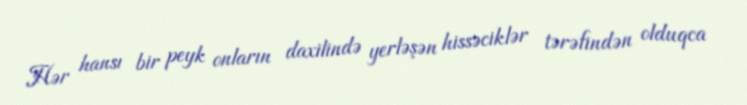
Hər hansı bir peyk onların daxilində yerləşən hissəciklər tərəfindən olduqca